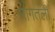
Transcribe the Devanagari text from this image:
मागतली